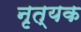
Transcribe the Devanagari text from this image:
नृत्यक